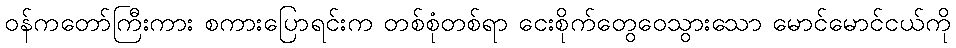
ဝန်ကတော်ကြီးကား စကားပြောရင်းက တစ်စုံတစ်ရာ ငေးစိုက်တွေဝေသွားသော မောင်မောင်ငယ်ကို